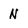
Character: N